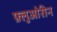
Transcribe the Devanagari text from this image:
फ़्लुओरीन